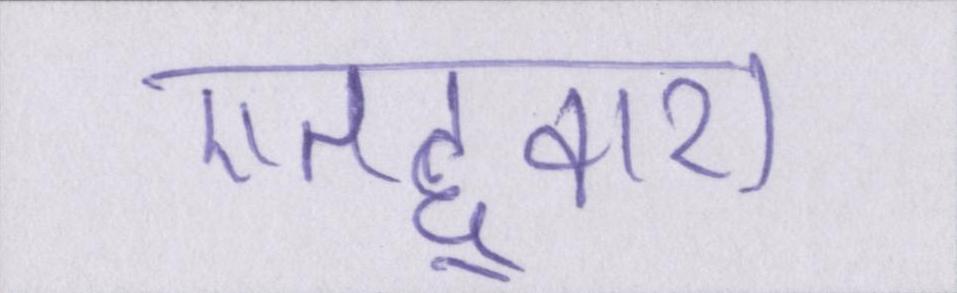
एतद्द्वारा